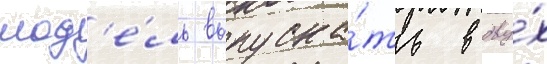
мод'е́ль выпуска́ть в дву́х